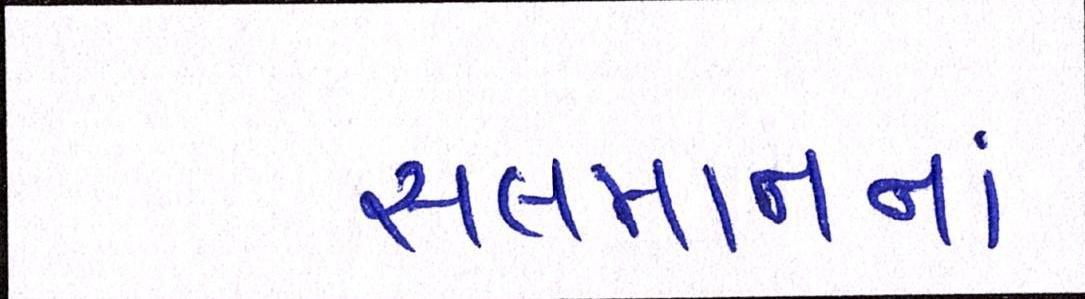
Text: સલમાનનાં